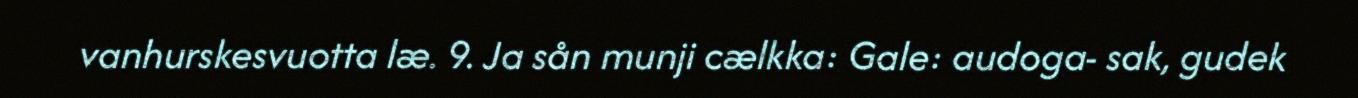
vanhurskesvuotta læ. 9. Ja sån munji cælkka: Gale: audoga- sak, gudek